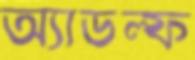
অ্যাডল্ফ